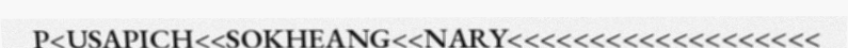
P<USAPICH<<SOKHEANG<<NARY<<<<<<<<<<<<<<<<<<<